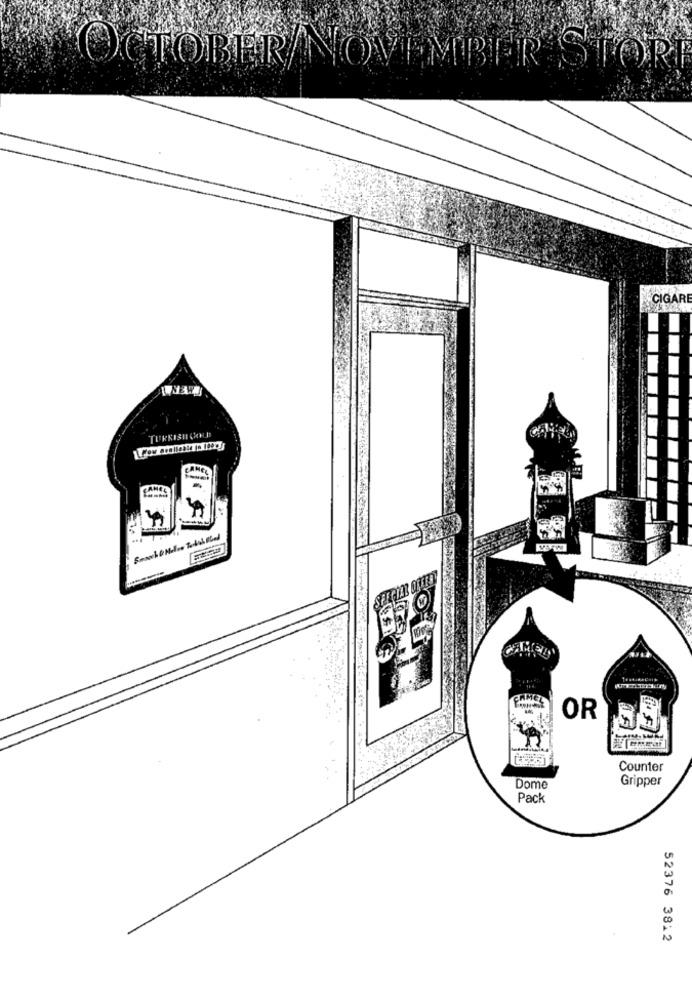
OCTOBER NOVEMBER STORI
CIGARE
TURKISH COUS
CAMEL
OR
Counter
Gripper
Dome
Pack
52376 3812